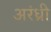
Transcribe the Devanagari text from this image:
अरंध्री